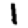
Digit: 1